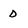
Character: D